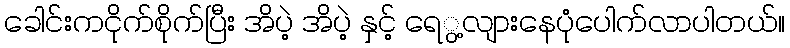
ခေါင်းကငိုက်စိုက်ပြီး အိပဲ့ အိပဲ့ နှင့် ရေွ့လျားနေပုံပေါက်လာပါတယ်။